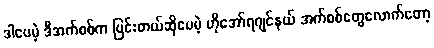
ဒါပေမဲ့ ဒီအက်စစ်က ပြင်းတယ်ဆိုပေမဲ့ ဟိုအော်ရဂျင်နယ် အက်စစ်တွေလောက်တော့